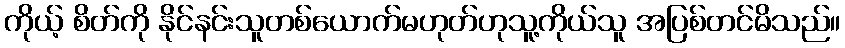
ကိုယ့် စိတ်ကို နိုင်နင်းသူတစ်ယောက်မဟုတ်ဟုသူ့ကိုယ်သူ အပြစ်တင်မိသည်။